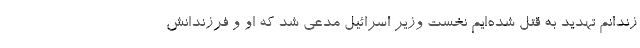
زندانم تهدید به قتل شده‌ایم نخست وزیر اسرائیل مدعی شد که او و فرزندانش